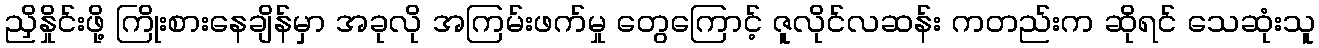
ညှိနှိုင်းဖို့ ကြိုးစားနေချိန်မှာ အခုလို အကြမ်းဖက်မှု တွေကြောင့် ဇူလိုင်လဆန်း ကတည်းက ဆိုရင် သေဆုံးသူ